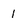
Character: 1